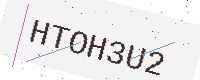
Text: HTOH3U2